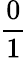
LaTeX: \frac{0}{1}